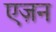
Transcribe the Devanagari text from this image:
एज़न